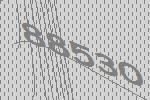
88530